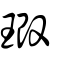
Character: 瑖